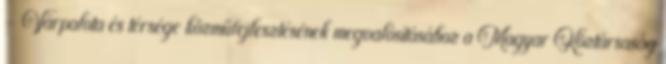
– Várpalota és térsége közműfejlesztésének megvalósításához a Magyar Köztársaság